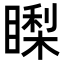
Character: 𥊈